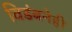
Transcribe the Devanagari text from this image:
विडंबनेही